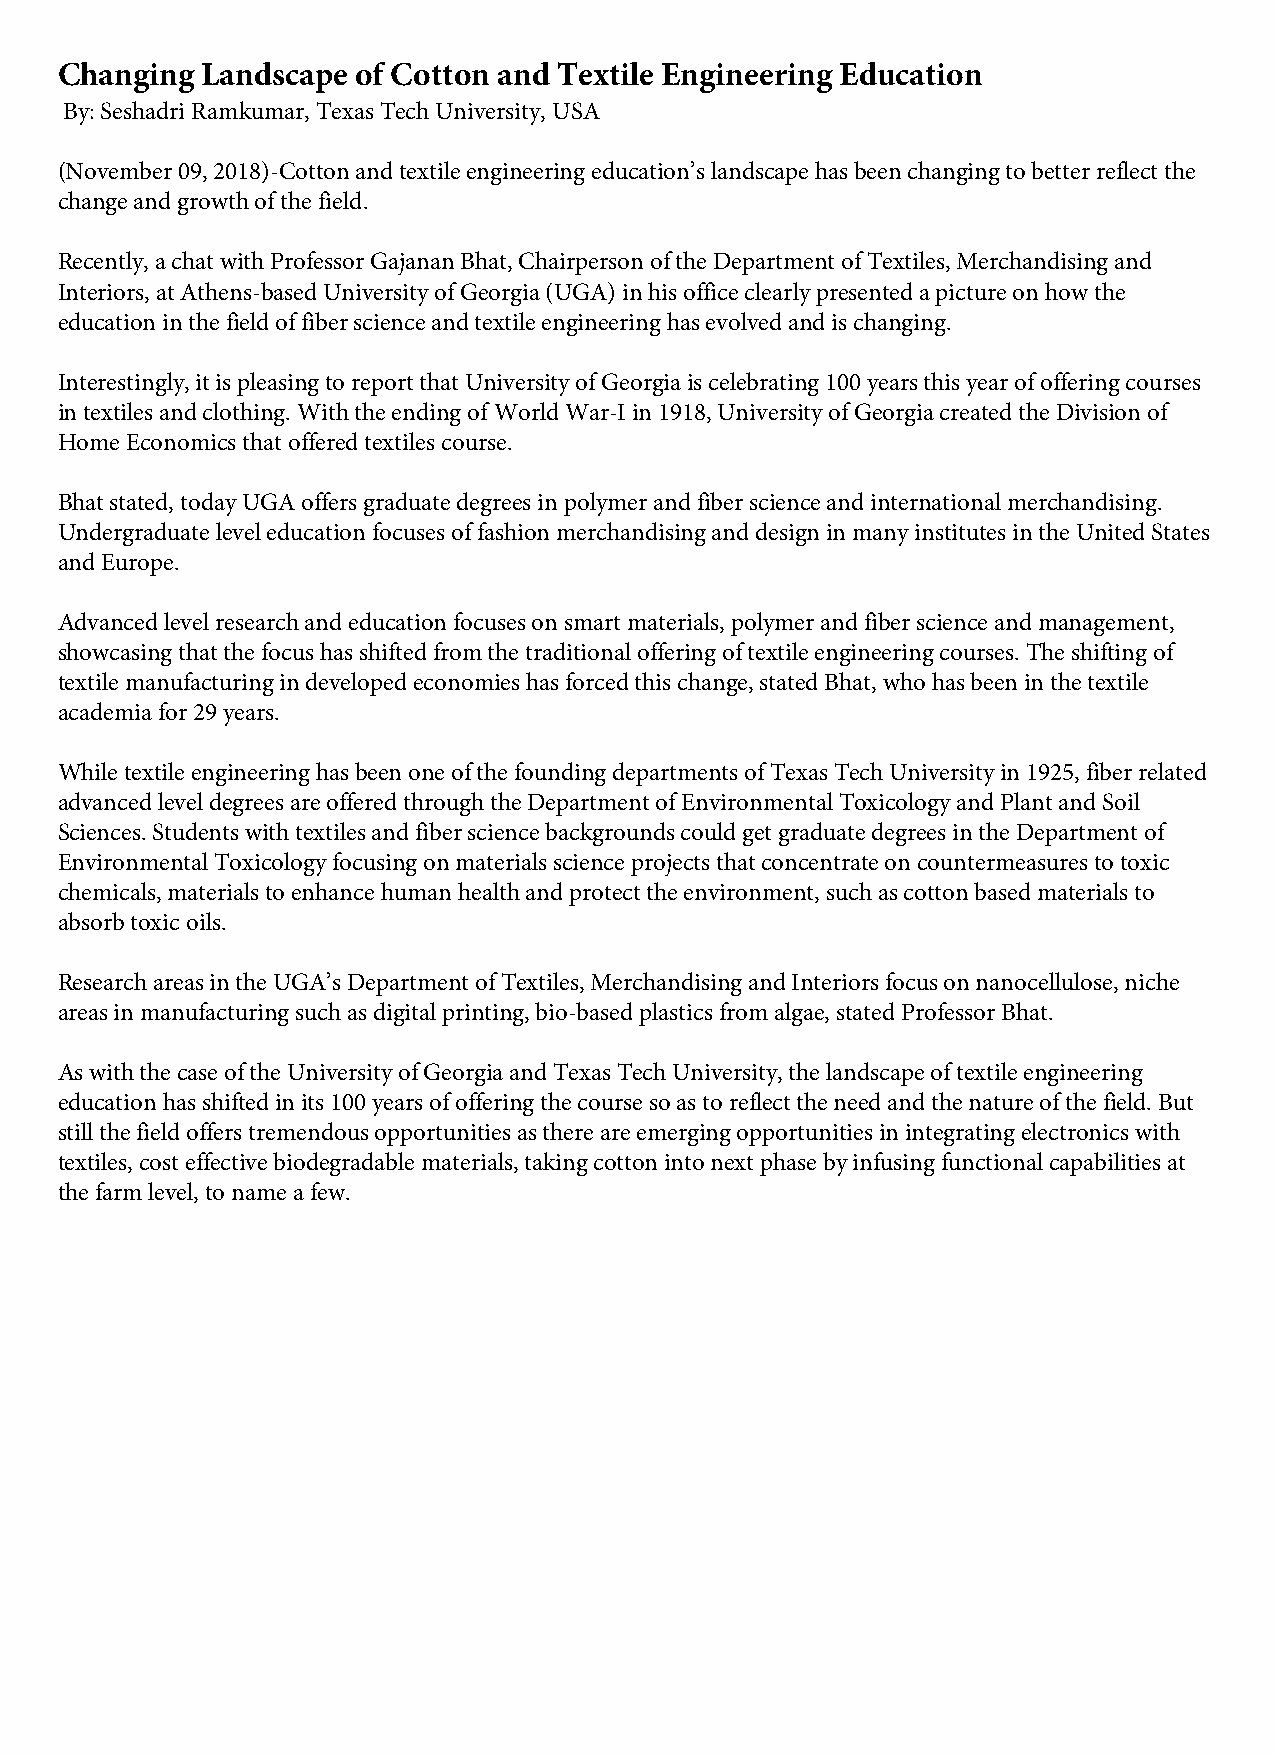
Changing Landscape  of Cotton and Textile Engineering Education
 By: Seshadri Ramkumar, Texas Tech University, USA
 (November 09, 2018)-Cotton and textile engineering education’s landscape has been changing to better reflect the
 change and growth of the field.
 Recently, a chat with Professor Gajanan Bhat, Chairperson of the Department of Textiles, Merchandising and
 Interiors, at Athens-based University of Georgia (UGA) in his office clearly presented a picture on how the
 education in the field of fiber science and textile engineering has evolved and is changing.
 Interestingly, it is pleasing to report that University of Georgia is celebrating 100 years this year of offering courses
 in textiles and clothing. With the ending of World War-I in 1918, University of Georgia created the Division of
 Home Economics that offered textiles course.
 Bhat stated, today UGA offers graduate degrees in polymer and fiber science and international merchandising.
 Undergraduate level education focuses of fashion merchandising and design in many institutes in the United States
 and Europe.
 Advanced level research and education focuses on smart materials, polymer and fiber science and management,
 showcasing that the focus has shifted from the traditional offering of textile engineering courses. The shifting of
 textile manufacturing in developed economies has forced this change, stated Bhat, who has been in the textile
 academia for 29 years.
 While textile engineering has been one of the founding departments of Texas Tech University in 1925, fiber related
 advanced level degrees are offered through the Department of Environmental Toxicology and Plant and Soil
 Sciences. Students with textiles and fiber science backgrounds could get graduate degrees in the Department of
 Environmental Toxicology focusing on materials science projects that concentrate on countermeasures to toxic
 chemicals, materials to enhance human health and protect the environment, such as cotton based materials to
 absorb toxic oils.
 Research areas in the UGA’s Department of Textiles, Merchandising and Interiors focus on nanocellulose, niche
 areas in manufacturing such as digital printing, bio-based plastics from algae, stated Professor Bhat.
 As with the case of the University of Georgia and Texas Tech University, the landscape of textile engineering
 education has shifted in its 100 years of offering the course so as to reflect the need and the nature of the field. But
 still the field offers tremendous opportunities as there are emerging opportunities in integrating electronics with
 textiles, cost effective biodegradable materials, taking cotton into next phase by infusing functional capabilities at
 the farm level, to name a few.